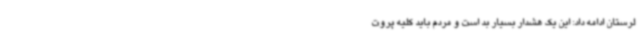
لرستان ادامه داد: این یک هشدار بسیار بد است و مردم باید کلیه پروت